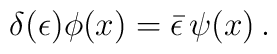
\delta (\epsilon )\phi(x) =\bar \epsilon\, \psi (x)\,.